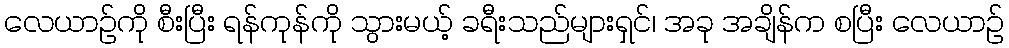
လေယာဉ်ကို စီးပြီး ရန်ကုန်ကို သွားမယ့် ခရီးသည်များရှင်၊ အခု အချိန်က စပြီး လေယာဉ်